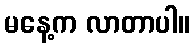
မနေ့က လာတာပါ။